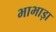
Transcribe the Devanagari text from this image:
भाभाड़ा